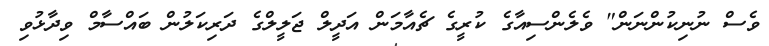
ވެސް ނުނިކުންނަން" ވެލެންސިއާގެ ކުރީގެ ޗެއާމަން އަދީލް ޖަލީލްގެ ދަރިކަލުން ބައްސާމް ވިދާޅުވި